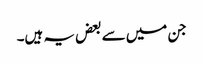
جن میں سے بعض یہ ہیں۔